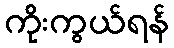
ကိုးကွယ်ရန်